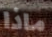
ماذا